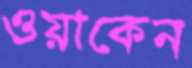
ওয়াকেন